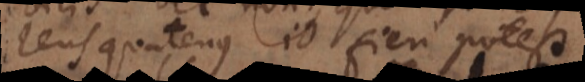
lens quatenus id fieri potest.